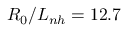
R _ { 0 } / L _ { n h } = 1 2 . 7